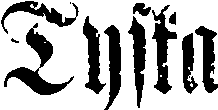
Tyska